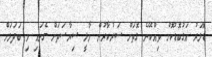
ޑޮލަރު އަގުބޮޑުކޮށް ވިއްކޭނެ ގޮތަށް ސަރުކާރުން މާލީ ސިޔާސަތަށް ގެނައި މި ބަދަލަށް